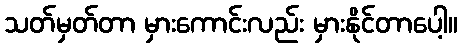
သတ်မှတ်တာ မှားကောင်းလည်း မှားနိုင်တာပေါ့။